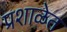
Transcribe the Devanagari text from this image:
प्रशाळेत